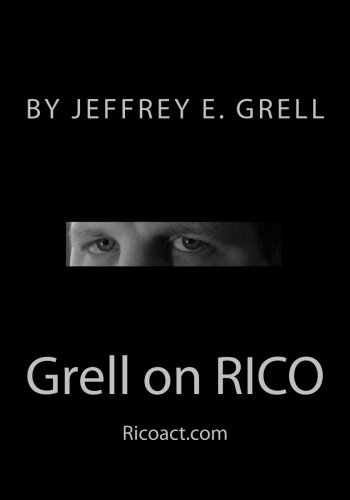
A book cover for Grell on RICO: A Practical Guide to the Racketeering Influenced and Corrupt Organizations Act; Jeffrey E. Grell; Law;